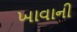
ખાવાની